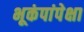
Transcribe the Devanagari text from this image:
भूकंपांपेक्षा